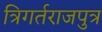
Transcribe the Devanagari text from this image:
त्रिगर्तराजपुत्र